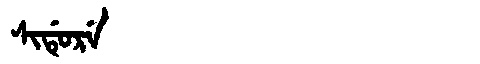
Manchu: ᠰᡳᡩᡠᡵᡝ
Romanization: SIDURE